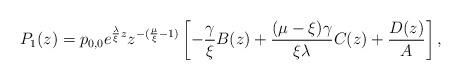
LaTeX: \begin{align*} P_{1}(z) = p_{0,0}e^{\frac{\lambda}{\xi}z} z^{-(\frac{\mu}{\xi} - 1)} \left[ -\frac{\gamma}{\xi} B(z) + \frac{(\mu-\xi)\gamma}{\xi \lambda} C(z) + \frac{D(z)}{A} \right],\end{align*}